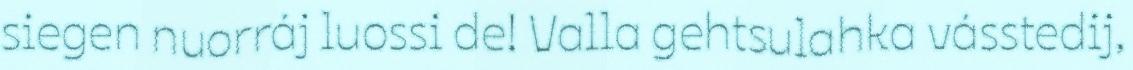
siegen nuorráj luossi de! Valla gehtsulahka vásstedij,